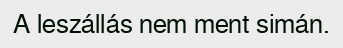
A leszállás nem ment simán.